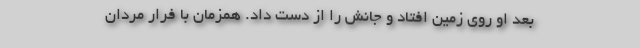
بعد او روی زمین افتاد و جانش را از دست داد. همزمان با فرار مردان